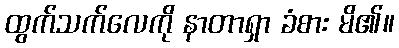
ထွက်သက်လေကို နာတာရှာ ခံစား မိ၏။